Vaccination in the Punjab 1867-1880 - 1867-1880
Year: 1867
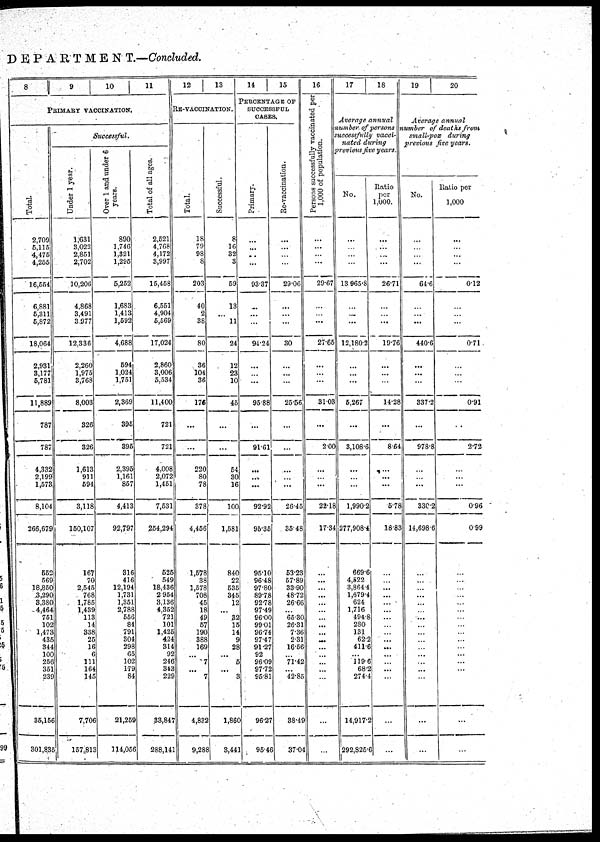
DEPARTMENT.—Concluded.
8
Total.
2,709
5,115
4,475
4,255
16,554
6,881
5,311
5,872
18,064
2,931,
3,177
5,781
11,889
787
787
4,332
2,199
1,573
8,104
266,679
552
569
18,850
3,290
3,380
4,464
751
102
1,473
435
344
100
256
351
239
35,156
301,835
9
10
11
PRIMARY VACCINATION.
Successful.
Under 1 year.
1,631
3,022
2,851
2,702
10,206
4,868
3,491
3,977
12,336
2,260
1,975
3,768
8,003
326
326
1,613
911
594
3,118
150,107
167
70
2,545
768
1,785
1,439
113
14
338
25
16
6
111
164
145
7,706
157,813
Over 1 and under 6
years.
890
1,746
1,321
1,295
5,252
1,683
1,413
1,592
4,688
594
1,024
1,751
2,369
395
395
2,395
1,161
857
4,413
92,797
316
416
12,194
1,731
1,351
2,788
556
84
791
304
298
65
102
179
84
21,259
114,056
Total of all ages.
2,521
4,768
4,172
3,997
15,458
6,551
4,904
5,569
17,024
2,860
3,006
5,534
11,400
721
721
4,008
2,072
1,451
7,531
254,294
525
549
18,436
2,954
3,136
4,352
721
101
1,425
424
314
92
246
343
229
33,847
288,141
12
13
RE-VACCINATION.
Total.
18
79
98
8
203
40
2
38
80
36
104
36
176
...
...
220
80
78
378
4,456
1,578
38
1,578
708
45
18
49
57
190
388
169
...
7
...
7
4,832
9,288
Successful.
8
16
32
3
59
13
...
11
24
12
23
10
45
...
...
54
30
16
100
1,581
840
22
535
345
12
...
32
15
14
9
28
...
5
...
3
1,860
3,441
14
15
PERCENTAGE OF
SUCCESSFUL
CASES.
Primary.
...
...
...
...
93.37
...
...
...
94.24
...
...
...
96.88
...
91.61
...
...
...
92.92
95.36
95.10
96.48
97.80
89.78
92.78
97.49
96.00
99.01
96.74
97.47
91.27
92
96.09
97.72
95.81
96.27
95.46
Re-vaccination.
...
...
...
...
29.06
...
...
...
30
...
...
...
25.56
...
...
...
...
...
26.45
35.48
53.23
57.89
33.90
48.72
26.66
...
65.30
26.31
7.36
2.31
16.56
...
71.42
...
42.85
38.49
37.04
16
Persons successfully vaccinated per
1,000 of population.
...
...
...
...
29.67
...
...
...
27.65
...
...
...
31.03
...
2.00
...
...
...
22.18
17.34
...
...
...
...
...
...
...
...
...
...
...
...
...
...
...
...
...
17
18
Average annual
number of persons
successfully vacci¬
nated during
previous five years.
No.
...
...
...
...
13 965.8
...
...
...
12,180.2
...
...
...
5,267
...
3,108.6
...
...
...
1,990. 2
277,908.4
669.6
4,522
3,864. 4
1,679.4
624
1,716
494.8
280
131
62.2
411.6
...
119.6
68.2
274.4
14,917.2
292,825.6
Ratio
per
1,000.
...
...
...
...
26.71
...
...
...
19.76
...
...
...
14.28
...
8.64
...
...
...
5.78
18.83
...
...
...
...
...
...
...
...
...
...
...
...
...
...
...
...
...
19
20
Average annual
number of deaths from
small-pox during
previous five years.
No.
...
...
...
...
64.6
...
...
...
440.6
...
...
...
337.2
...
978.8
...
...
...
330.2
14,698.6
...
...
...
...
...
...
...
...
...
...
...
...
...
...
...
...
...
Ratio per
1,000
...
...
...
...
0.12
...
...
...
0.71
...
...
...
0.91
...
2.72
...
...
...
0.96
0.99
...
...
...
...
...
...
...
...
...
...
...
...
...
...
...
...
...